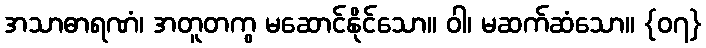
အသာဓာရဏံ၊ အတူတကွ မဆောင်နိုင်သော။ ဝါ၊ မဆက်ဆံသော။ {၀၇}